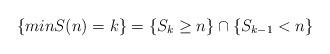
LaTeX: \begin{align*}\{minS(n)=k\}=\{S_k\geq n\}\cap \{S_{k-1}<n\}\end{align*}